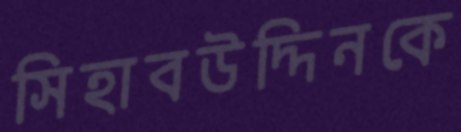
সিহাবউদ্দিনকে